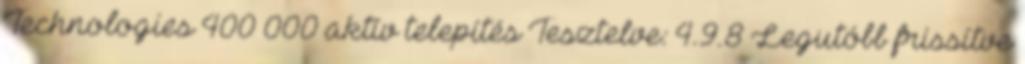
Technologies 400 000 aktív telepítés Tesztelve: 4.9.8 Legutóbb frissítve